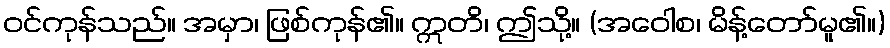
ဝင်ကုန်သည်။ အမှာ၊ ဖြစ်ကုန်၏။ ဣတိ၊ ဤသို့။ (အဝေါစ၊ မိန့်တော်မူ၏။)